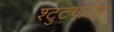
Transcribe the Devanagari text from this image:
श्टुटगार्टड